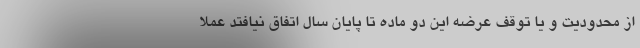
از محدودیت و یا توقف عرضه‌ این دو ماده تا پایان سال اتفاق نیافتد عملا